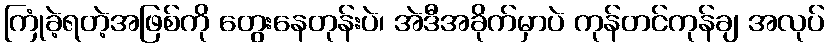
ကြုံခဲ့ရတဲ့အဖြစ်ကို တွေးနေတုန်းပဲ၊ အဲဒီအခိုက်မှာပဲ ကုန်တင်ကုန်ချ အလုပ်